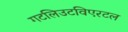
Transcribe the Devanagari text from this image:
गटलिउटविएरटल